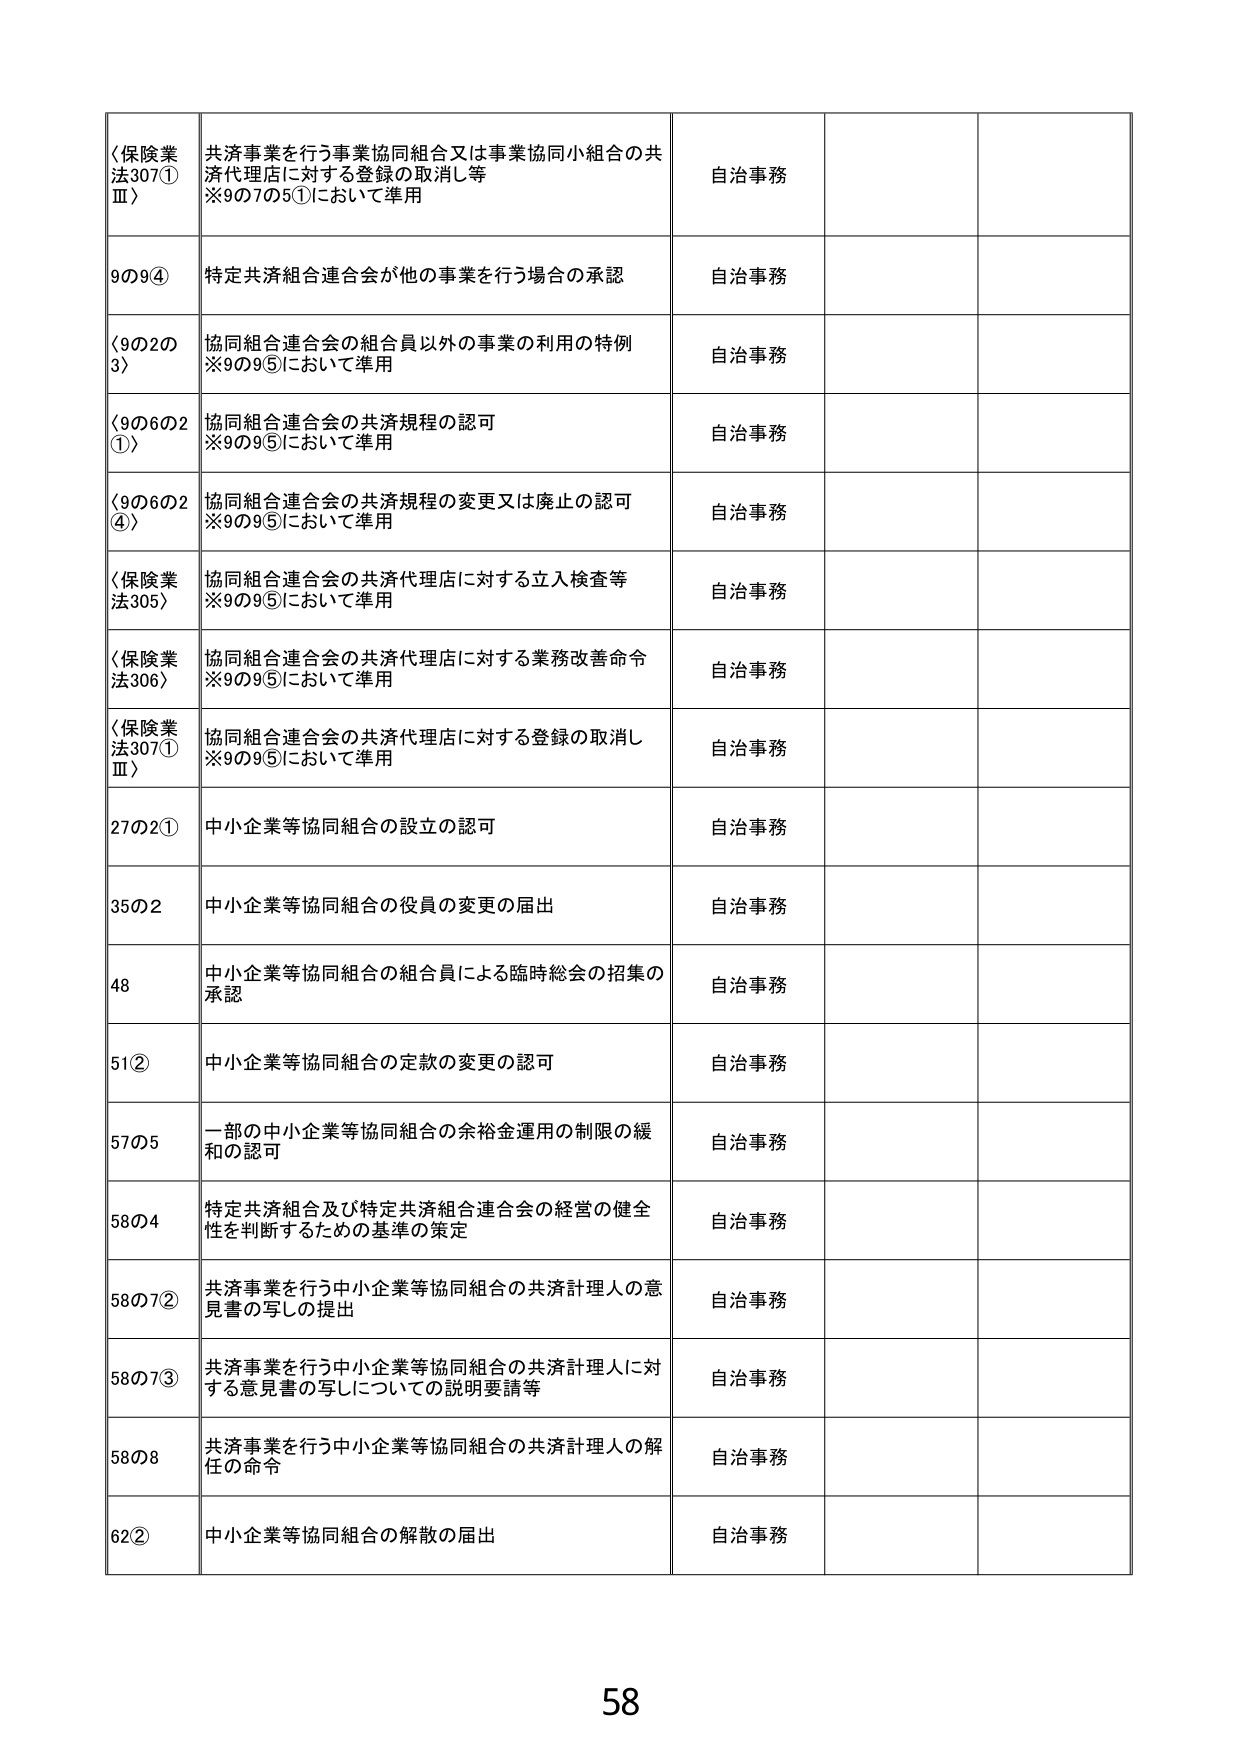
〈保険業法307①Ⅲ〉 共済事業を行う事業協同組合又は事業協同小組合の共済代理店に対する登録の取消し等 ※9の7の5①において準用 自治事務
9の9④ 特定共済組合連合会が他の事業を行う場合の承認 自治事務
〈9の2の3〉 協同組合連合会の組合員以外の事業の利用の特例 ※9の9⑤において準用 自治事務
〈9の6の2①〉 協同組合連合会の共済規程の認可 ※9の9⑤において準用 自治事務
〈9の6の2④〉 協同組合連合会の共済規程の変更又は廃止の認可 ※9の9⑤において準用 自治事務
〈保険業法305〉 協同組合連合会の共済代理店に対する立入検査等 ※9の9⑤において準用 自治事務
〈保険業法306〉 協同組合連合会の共済代理店に対する業務改善命令 ※9の9⑤において準用 自治事務
〈保険業法307①Ⅲ〉 協同組合連合会の共済代理店に対する登録の取消し ※9の9⑤において準用 自治事務
27の2① 中小企業等協同組合の設立の認可 自治事務
35の2 中小企業等協同組合の役員の変更の届出 自治事務
48 中小企業等協同組合の組合員による臨時総会の招集の承認 自治事務
51② 中小企業等協同組合の定款の変更の認可 自治事務
57の5 一部の中小企業等協同組合の余裕金運用の制限の緩和の認可 自治事務
58の4 特定共済組合及び特定共済組合連合会の経営の健全性を判断するための基準の策定 自治事務
58の7② 共済事業を行う中小企業等協同組合の共済計理人の意見書の写しの提出 自治事務
58の7③ 共済事業を行う中小企業等協同組合の共済計理人に対する意見書の写しについての説明要請等 自治事務
58の8 共済事業を行う中小企業等協同組合の共済計理人の解任の命令 自治事務
62② 中小企業等協同組合の解散の届出 自治事務
58